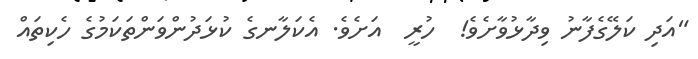
"އަދި ކަލޭގެފާނު ވިދާޅުވާށެވެ!  ހުރީ  އަށެވެ. އެކަލާނގެ ކުޅަދުންވަންތަކަމުގެ ހެކިތައް